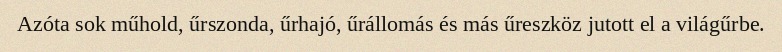
Azóta sok műhold, űrszonda, űrhajó, űrállomás és más űreszköz jutott el a világűrbe.